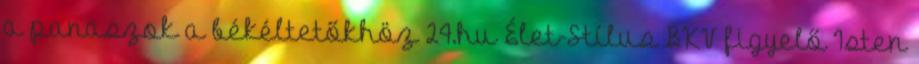
a panaszok a békéltetőkhöz 24.hu Élet-Stílus BKV figyelő Isten